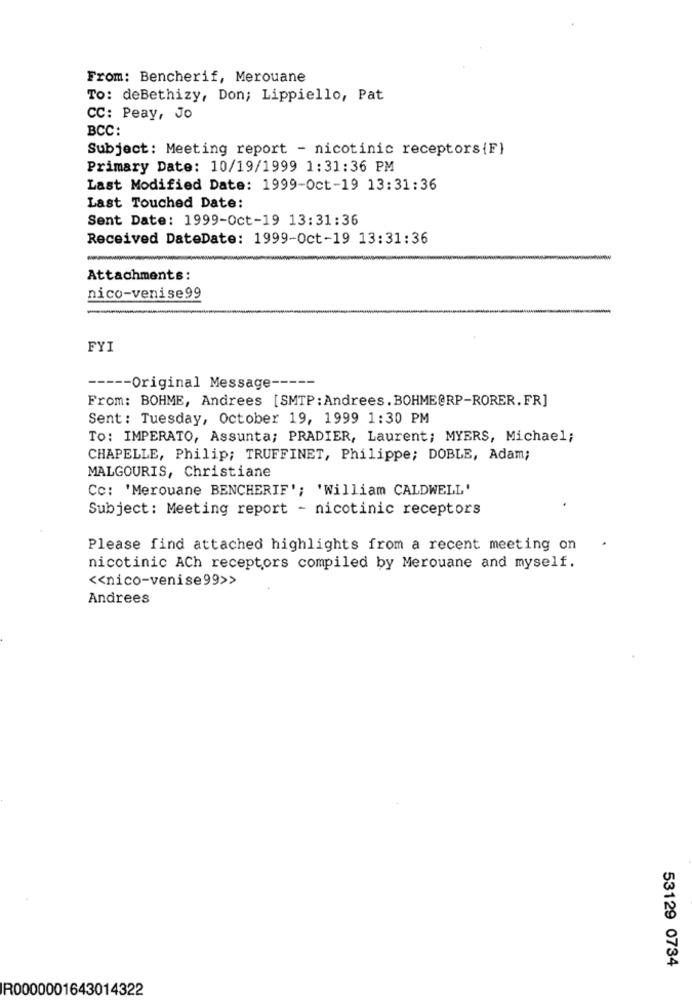
From: Bencherif, Merouane
To: deBethizy, Don; Lippiello, Pat
CC: Peay, Jo
BCC:
Subject: Meeting report - nicotinic receptors {F}
Primary Date: 10/19/1999 1:31:36 PM
Last Modified Date: 1999-Oct-19 13:31:36
Last Touched Date:
Sent Date: 1999-Oct-19 13:31:36
Received DateDate: 1999-Oct-19 13:31:36
Attachments:
nico-venise99
-
FYI
----- Original Message -----
From: BOHME, Andrees [SMTP : Andrees. BOHME@RP-RORER. FR]
Sent: Tuesday, October 19, 1999 1:30 PM
To: IMPERATO, Assunta; PRADIER, Laurent; MYERS, Michael;
CHAPELLE, Philip; TRUFFINET, Philippe; DOBLE, Adam;
MALGOURIS, Christiane
Cc: 'Merouane BENCHERIF'; 'William CALDWELL'
Subject: Meeting report - nicotinic receptors
Please find attached highlights from a recent meeting on
nicotinic ACh receptors compiled by Merouane and myself.
<< nico-venise99>>
Andrees
53129 0734
R0000001643014322